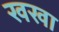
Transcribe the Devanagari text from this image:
खखा